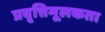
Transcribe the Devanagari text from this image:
प्रवृत्तिमूलकता